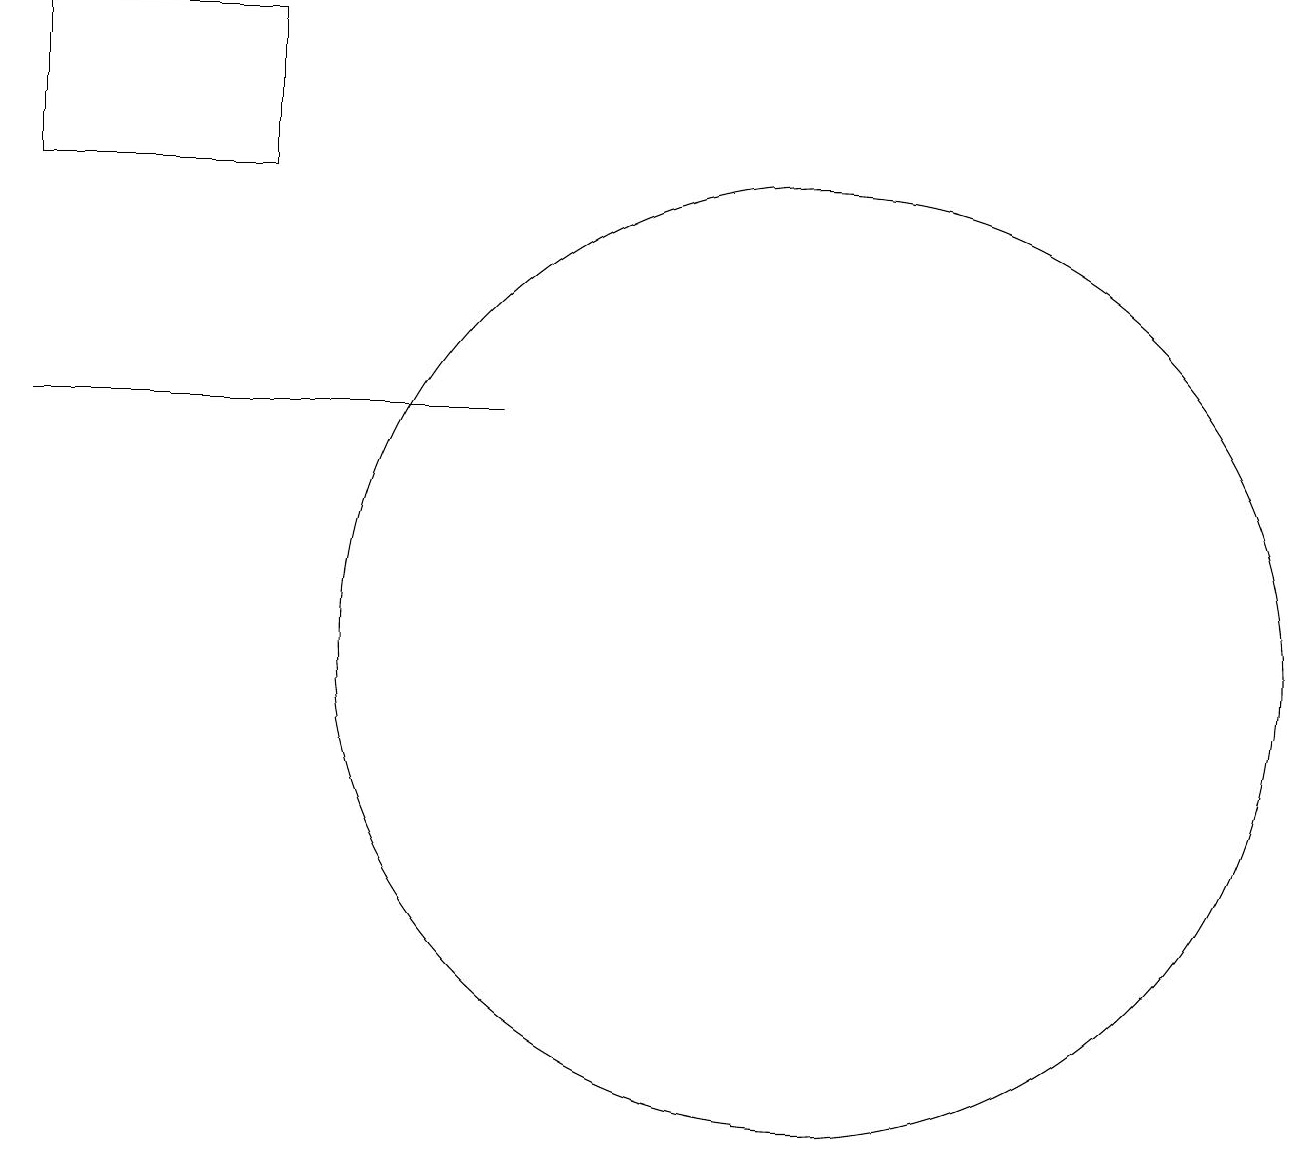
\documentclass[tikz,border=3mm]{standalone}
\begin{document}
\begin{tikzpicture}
\draw (1,13) rectangle (7,13);
\draw (4,18) rectangle (1,16);
\draw (11,10) circle (6);
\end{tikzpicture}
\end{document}